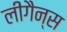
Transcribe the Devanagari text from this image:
लीगैन्स